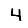
Digit: 4